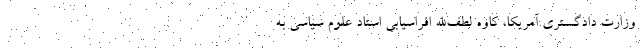
وزارت دادگستری آمریکا، کاوه لطف‌الله افراسیابی استاد علوم سیاسی به